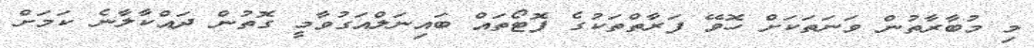
މި މުބާރާތުން ވަަނަތަކަށް ހޮވޭ ފަރާތްތަކުގެ ފޮޓޯތައް ބައިނަލްއަގުވާމީ ގޮތުން ދައްކާލާނެ ކަަމަށް